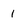
Character: 1